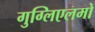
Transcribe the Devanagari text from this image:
गुग्लिएलमो